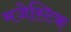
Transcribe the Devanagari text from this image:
मजेस्टिक